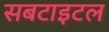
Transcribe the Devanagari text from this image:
सबटाइटल